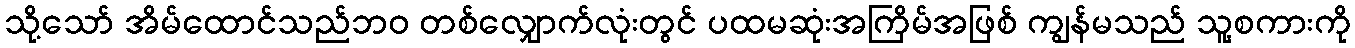
သို့သော် အိမ်ထောင်သည်ဘဝ တစ်လျှောက်လုံးတွင် ပထမဆုံးအကြိမ်အဖြစ် ကျွန်မသည် သူ့စကားကို